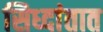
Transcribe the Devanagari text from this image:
सिध्दांतात